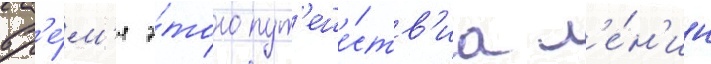
вр'е́м'я э́того пут'еше́ств'иа л'е́н'ин